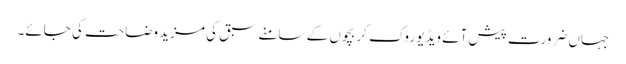
جہاں ضرورت پیش آئے ویڈیو روک کر بچوں کے سامنے سبق کی مزید وضاحت کی جائے۔